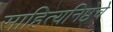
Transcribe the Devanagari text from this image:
साहित्यनिष्ठेचे